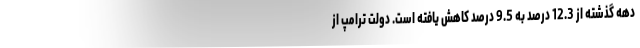
دهه گذشته از 12.3 درصد به 9.5 درصد کاهش یافته است. دولت ترامپ از